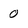
Character: 0